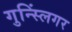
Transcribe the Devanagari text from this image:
गुन्स्लिंगर